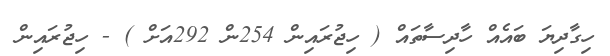
ހިގާދިޔަ ބައެއް ހާދިސާތައް ( ހިޖުރައިން 254ން 292އަށް ) - ހިޖުރައިން